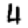
Digit: 4